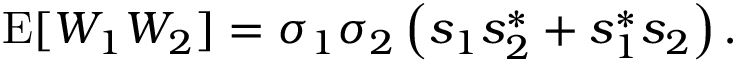
\begin{array} { r } { \operatorname { E } [ W _ { 1 } W _ { 2 } ] = \sigma _ { 1 } \sigma _ { 2 } \left( s _ { 1 } s _ { 2 } ^ { * } + s _ { 1 } ^ { * } s _ { 2 } \right) . } \end{array}